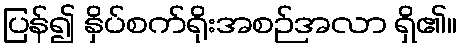
ပြန်၍ နှိပ်စက်ရိုးအစဉ်အလာ ရှိ၏။